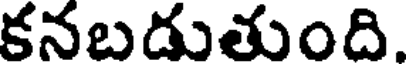
కనబడుతుంది.